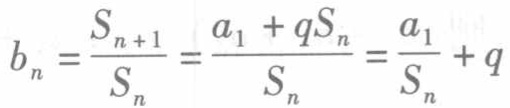
\[b_{n}=\frac{S_{n + 1}}{S_{n}}=\frac{a_{1}+qS_{n}}{S_{n}}=\frac{a_{1}}{S_{n}}+q\]